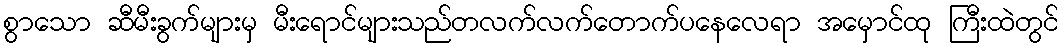
စွာသော ဆီမီးခွက်များမှ မီးရောင်များသည်တလက်လက်တောက်ပနေလေရာ အမှောင်ထု ကြီးထဲတွင်